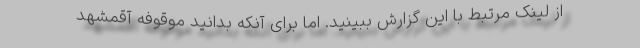
از لینک مرتبط با این گزارش ببینید. اما برای آنکه بدانید موقوفه آقمشهد